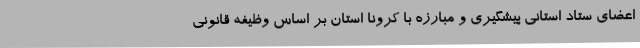
اعضای ستاد استانی پیشگیری و مبارزه با کرونا استان بر اساس وظیفه قانونی